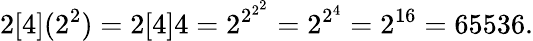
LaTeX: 2[4](2^{2})=2[4]4=2^{2^{2^{2}}}=2^{2^{4}}=2^{16}=65536.